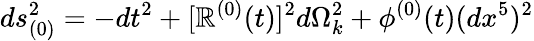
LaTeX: ds_{(0)}^{2}=-dt^{2}+[\mathbb{R}^{(0)}(t)]^{2}d\Omega_{k}^{2}+\phi^{(0)}(t)(dx^{5})^{2}